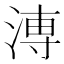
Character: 𱧈